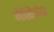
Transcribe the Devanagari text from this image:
मेक्सिकोवर